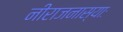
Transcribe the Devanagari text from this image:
नीराजनास्याः